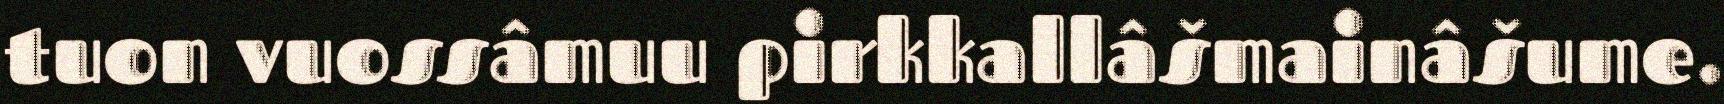
tuon vuossâmuu pirkkallâšmainâšume.